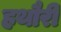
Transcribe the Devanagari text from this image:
हथौरी